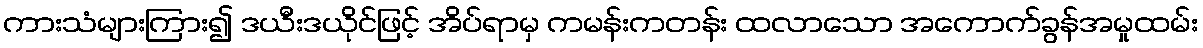
ကားသံများကြား၍ ဒယီးဒယိုင်ဖြင့် အိပ်ရာမှ ကမန်းကတန်း ထလာသော အကောက်ခွန်အမှုထမ်း